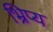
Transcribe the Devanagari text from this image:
भ्रिप्य